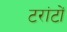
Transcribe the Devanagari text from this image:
टरांटों